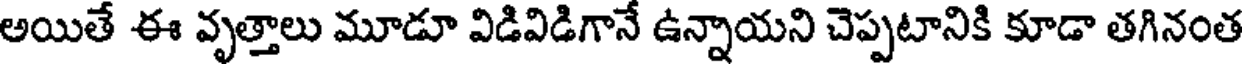
అయితే ఈ వృత్తాలు మూడూ విడివిడిగానే ఉన్నాయని చెప్పటానికి కూడా తగినంత